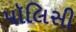
પૉલિસી